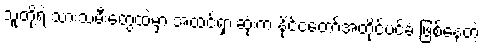
သူတို့ရဲ့ သားသမီးတွေထဲမှာ အထင်ရှားဆုံးက နိုင်ငံတော်အတိုင်ပင်ခံ ဖြစ်နေတဲ့